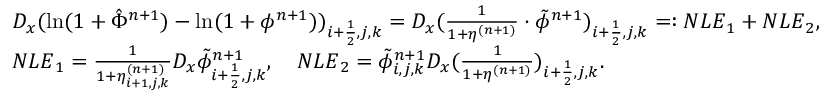
\begin{array} { r l } & { D _ { x } ( \ln ( 1 + \hat { \Phi } ^ { n + 1 } ) - \ln ( 1 + \phi ^ { n + 1 } ) ) _ { i + \frac { 1 } { 2 } , j , k } = D _ { x } ( \frac { 1 } { 1 + \eta ^ { ( n + 1 ) } } \cdot \tilde { \phi } ^ { n + 1 } ) _ { i + \frac { 1 } { 2 } , j , k } = : { \cal N L E } _ { 1 } + { \cal N L E } _ { 2 } , } \\ & { { \cal N L E } _ { 1 } = \frac { 1 } { 1 + \eta _ { i + 1 , j , k } ^ { ( n + 1 ) } } D _ { x } \tilde { \phi } _ { i + \frac { 1 } { 2 } , j , k } ^ { n + 1 } , \quad { \cal N L E } _ { 2 } = \tilde { \phi } _ { i , j , k } ^ { n + 1 } D _ { x } ( \frac { 1 } { 1 + \eta ^ { ( n + 1 ) } } ) _ { i + \frac { 1 } { 2 } , j , k } . } \end{array}